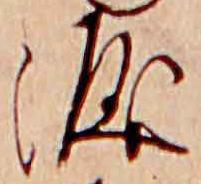
涙